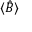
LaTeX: \langle { \hat { B } } \rangle